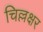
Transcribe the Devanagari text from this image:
चिल्लक्षर